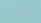
يتعارض